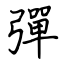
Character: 彈